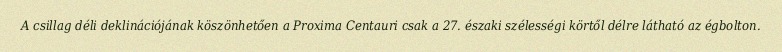
A csillag déli deklinációjának köszönhetően a Proxima Centauri csak a 27. északi szélességi körtől délre látható az égbolton.